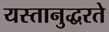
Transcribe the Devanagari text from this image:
यस्तानुद्धरते